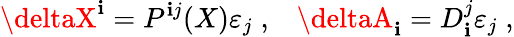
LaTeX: \deltaX^{\mathbf{i}}=P^{\mathbf{i}j}(X)\varepsilon_{j}\; ,\; \; \; \deltaA_{\mathbf{i}}=D_{\mathbf{i}}^{j}\varepsilon_{j}\; ,